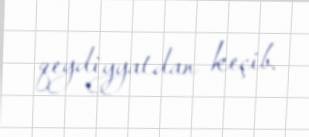
qeydiyyatdan keçib.